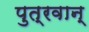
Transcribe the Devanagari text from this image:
पुत्रवान्